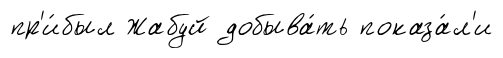
пр'и́был Жабуй добыва́ть показа́л'и